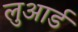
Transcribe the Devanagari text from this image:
लुआर्ड